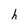
Character: h